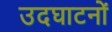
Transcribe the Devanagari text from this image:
उदघाटनों